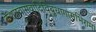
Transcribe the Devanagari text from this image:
केशववासवादिविबुधागाराभिरामां